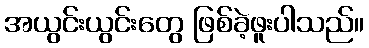
အယွင်းယွင်းတွေ ဖြစ်ခဲ့ဖူးပါသည်။